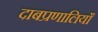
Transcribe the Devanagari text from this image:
दाबप्रणालियाँ